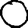
Digit: 0